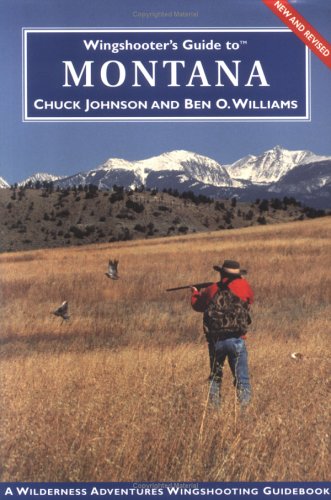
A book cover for Wingshooter's Guide to Montana: Upland Birds and Waterfowl (Wingshooter's Guides); Chuck Johnson; Travel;